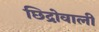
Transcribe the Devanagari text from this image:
छिद्रोवाली